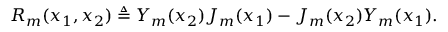
R _ { m } ( x _ { 1 } , x _ { 2 } ) \triangleq Y _ { m } ( x _ { 2 } ) J _ { m } ( x _ { 1 } ) - J _ { m } ( x _ { 2 } ) Y _ { m } ( x _ { 1 } ) .